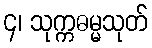
၄၊ သုက္ကဓမ္မသုတ်